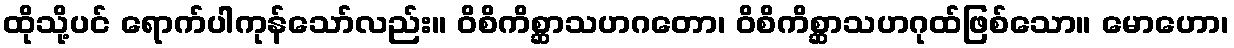
ထိုသို့ပင် ရောက်ပါကုန်သော်လည်း။ ဝိစိကိစ္ဆာသဟဂတော၊ ဝိစိကိစ္ဆာသဟဂုထ်ဖြစ်သော။ မောဟော၊